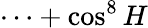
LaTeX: \cdots+\cos^{8}H